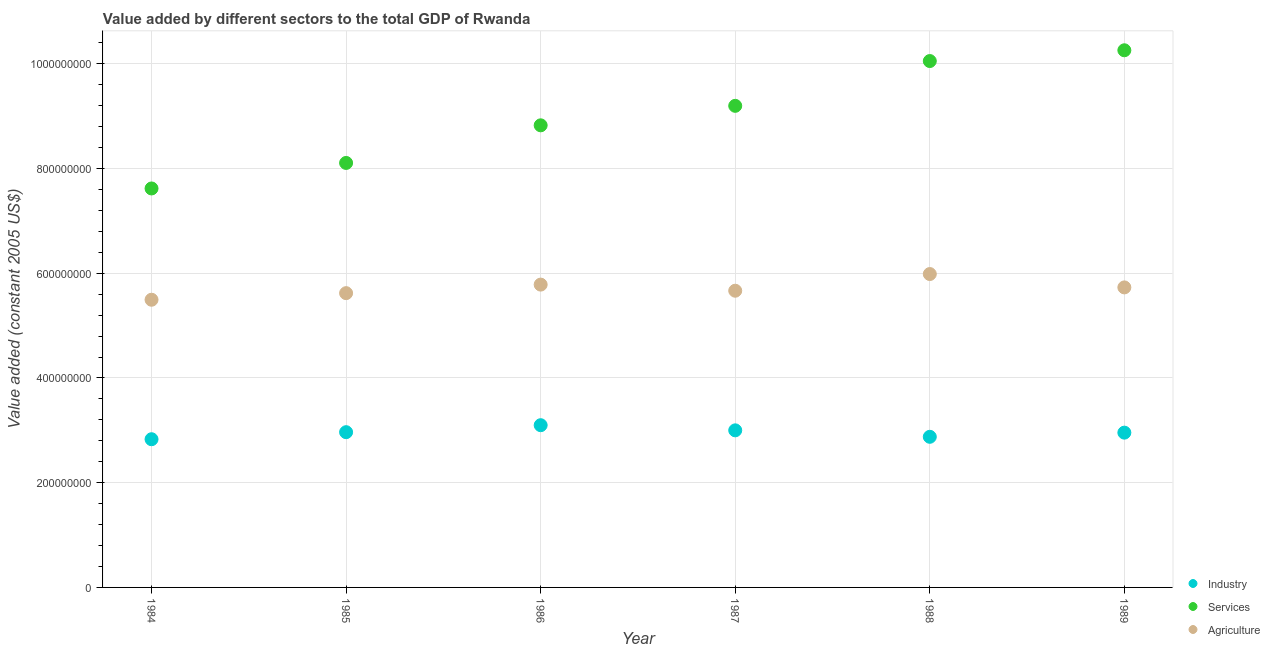
| Year | Industry | Services | Agriculture |
 | --- | --- | --- | --- |
 | 1984 | 2.83e+08 | 7.62e+08 | 5.49e+08 |
 | 1985 | 2.96e+08 | 8.11e+08 | 5.62e+08 |
 | 1986 | 3.1e+08 | 8.82e+08 | 5.78e+08 |
 | 1987 | 3e+08 | 9.2e+08 | 5.67e+08 |
 | 1988 | 2.88e+08 | 1.01e+09 | 5.98e+08 |
 | 1989 | 2.96e+08 | 1.03e+09 | 5.73e+08 |